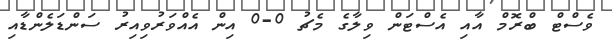
ވެސްޓް ބްރޮމް އާއި އެސްޓަން ވިލާގެ މެޗު 0-0 އިން އެއްވަރުވިއިރު ސަންޑަލެންޑާއި